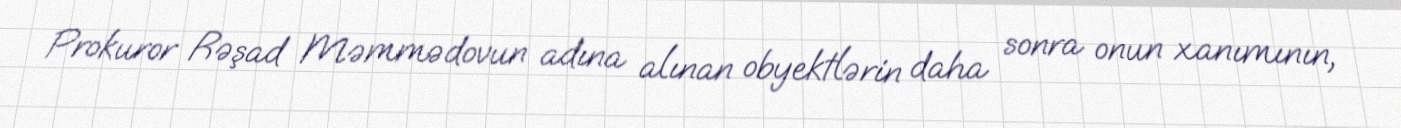
Prokuror Rəşad Məmmədovun adına alınan obyektlərin daha sonra onun xanımının,